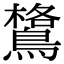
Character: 𪄎